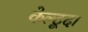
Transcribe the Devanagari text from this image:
केल्टूदा